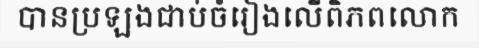
បានប្រឡងជាប់ចំរៀងលើពិភពលោក